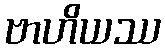
ဗာဟိယဿ